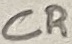
Text: CR